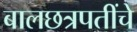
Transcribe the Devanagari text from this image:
बालछत्रपतींचे